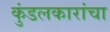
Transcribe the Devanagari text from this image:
कुंडलकारांचा